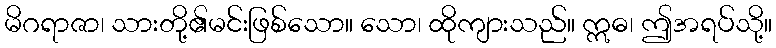
မိဂရာဇာ၊ သားတို့၏မင်းဖြစ်သော။ သော၊ ထိုကျားသည်။ ဣဓ၊ ဤအရပ်သို့။